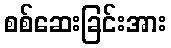
စစ်ဆေးခြင်းအား